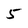
Character: 5